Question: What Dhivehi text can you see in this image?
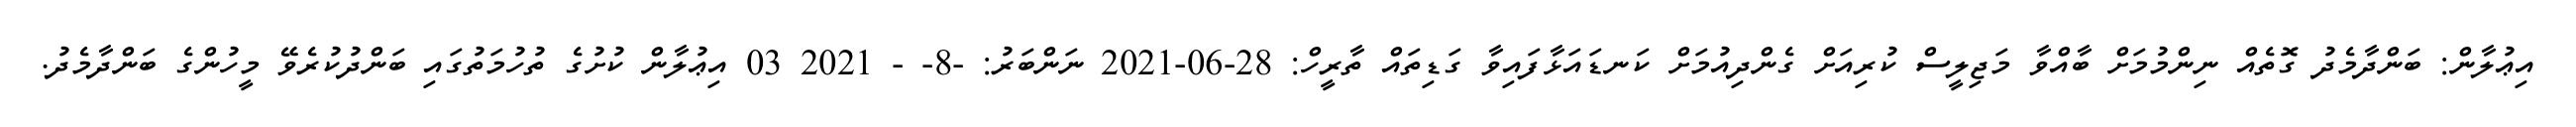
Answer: އިޢުލާން: ބަންދާމެދު ގޮތެއް ނިންމުމަށް ބާއްވާ މަޖިލީސް ކުރިއަށް ގެންދިއުމަށް ކަނޑައަޅާފައިވާ ގަޑިތައް ތާރީހް: 28-06-2021 ނަންބަރު: -8- - 2021 03 އިޢުލާން ކުށުގެ ތުހުމަތުގައި ބަންދުކުރެވޭ މީހުންގެ ބަންދާމެދު.